Protection of India from yellow fever
Disease focus: Fever
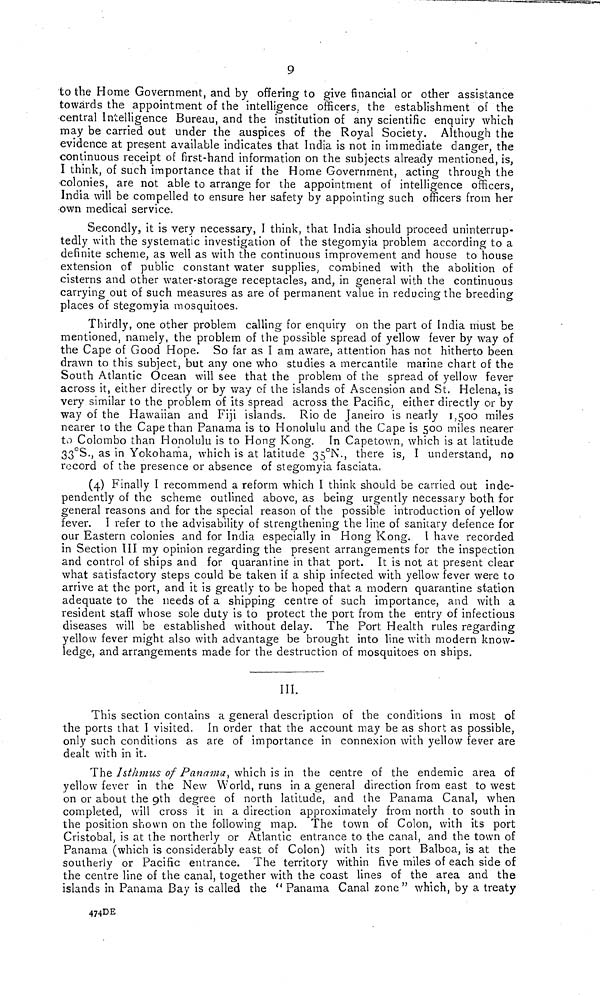
9
to the Home Government, and by offering to give financial or other assistance
towards the appointment of the intelligence officers, the establishment oí the
central Intelligence Bureau, and the institution of any scientific enquiry which
may be carried out under the auspices of the Royal Society. Although the
evidence at present available indicates that India is not in immediate danger, the
continuous receipt of first-hand information on the subjects already mentioned, is,
I think, of such importance that if the Home Government, acting through the
colonies, are not able to arrange for the appointment of intelligence officers,
India will be compelled to ensure her safety by appointing such officers from her
own medical service.
Secondly, it is very necessary, I think, that India should proceed uninterrup-
tedly with the systematic investigation of the stegomyia problem according to a
definite scheme, as well as with the continuous improvement and house to house
extension of public constant water supplies, combined with the abolition of
cisterns and other water-storage receptacles, and, in general with the continuous
carrying out of such measures as are of permanent value in reducing the breeding
places of stegomyia mosquitoes.
Thirdly, one other problem calling for enquiry on the part of India must be
mentioned, namely, the problem of the possible spread of yellow fever by way of
the Cape of Good Hope. So far as I am aware, attention has not hitherto been
drawn to this subject, but any one who studies a mercantile marine chart of the
South Atlantic Ocean will see that the problem of the spread of yellow fever
across it, either directly or by way of the islands of Ascension and St. Helena, is
very similar to the problem of its spread across the Pacific, either directly or by
way of the Hawaiian and Fiji islands. Rio de Janeiro is nearly 1.500 miles
nearer to the Cape than Panama is to Honolulu and the Cape is 500 miles nearer
to Colombo than Honolulu is to Hong Kong. In Capetown, which is at latitude
33°S., as in Yokohama, which is at latitude 35°N., there is, I understand, no
record of the presence or absence of stegomyia fasciata,
(4) Finally I recommend a reform which I think should be carried out inde-
pendently of the scheme outlined above, as being urgently necessary both for
general reasons and for the special reason of the possible introduction of yellow
fever. Î refer to the advisability of strengthening the line of sanitary defence for
our Eastern colonies and for India especially in Hong Kong. \ have recorded
in Section III my opinion regarding the present arrangements for the inspection
and control of ships and for quarantine in that port. It is not at present clear
what satisfactory steps could be taken if a ship infected with yellow fever were to
arrive at the port, and it is greatly to be hoped that a modern quarantine station
adequate to the needs of a shipping centre of such importance, and with a
resident staff whose sole duty is to protect the port from the entry of infectious
diseases will be established without delay. The Port Health rules regarding
yellow fever might also with advantage be brought into line with modern know-
ledge, and arrangements made for the destruction of mosquitoes on ships.
III.
This section contains a general description of the conditions in most of
the ports that I visited. In order that the account may be as short as possible,
only such conditions as are of importance in connexion with yellow fever are
dealt with in it.
The 1sthmus of Panama, which is in the centre of the endemic area of
yellow fever in the New World, runs in a general direction from east to west
on or about the 9th degree of north latitude, and the Panama Canal, when
completed, will cross it in a direction approximately from north to south in
the position shown on the following map. The town of Colon, with its port
Cristobal, is at the northerly or Atlantic entrance to the canal, and the town of
Panama (which is considerably east of Colon) with its port Balboa, is at the
southerly or Pacific entrance. The territory within five miles of each side of
the centre line of the canal, together with the coast lines of the area and the
islands in Panama Bay is called the "Panama Canal zone" which, by a treaty
474DE